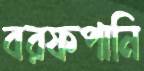
বরফপানি